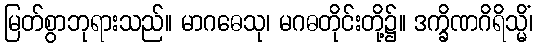
မြတ်စွာဘုရားသည်။ မာဂဓေသု၊ မဂဓတိုင်းတို့၌။ ဒက္ခိဏဂိရိသ္မိံ၊